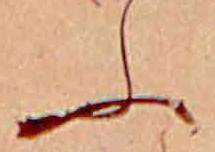
ふ